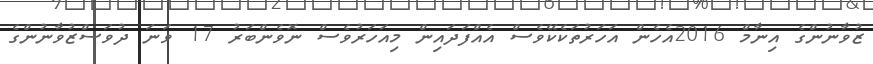
ޒުވާނުންގެ އިނާމް 2016އެހެން އަހަރުތަކެކޭވެސް އެއްފަދައިން މިއަހަރުވެސް ނޮވެންބަރު 17 ވަނަ ދުވަސްޒުވާނުންގެ